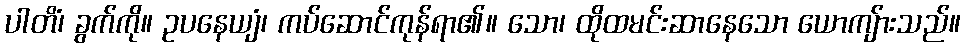
ပါတိံ၊ ခွက်ကို။ ဥပနေယျံ၊ ကပ်ဆောင်ကုန်ရာ၏။ သော၊ ထိုထမင်းဆာနေသော ယောကျ်ားသည်။